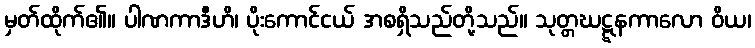
မှတ်ထိုက်၏။ ပါဏကာဒီဟိ၊ ပိုးကောင်ငယ် အစရှိသည်တို့သည်။ သုတ္တဃဋ္ဋနကာလော ဝိယ၊